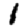
Digit: 1